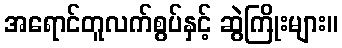
အရောင်တူလက်စွပ်နှင့် ဆွဲကြိုးများ။